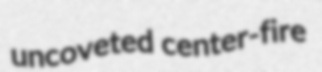
uncoveted center-fire